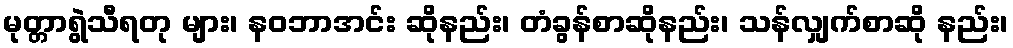
မုတ္တာရွဲသီရတု များ၊ နဝဘာအင်း ဆိုနည်း၊ တံခွန်စာဆိုနည်း၊ သန်လျှက်စာဆို နည်း၊